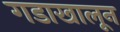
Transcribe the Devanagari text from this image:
गडाखालून